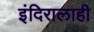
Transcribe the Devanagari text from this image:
इंदिरालाही